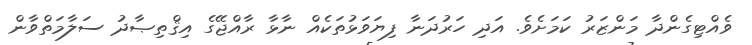
ވެއްޓިގެންދާ މަންޒަރު ކަމަށެވެ. އަދި ހަރުދަނާ ފިޔަވަޅުތަކެއް ނާޅާ ރާއްޖޭގެ އިޤްތިޞާދު ސަލާމަތްވާން